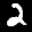
Label: 2